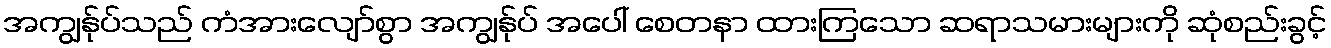
အကျွန်ုပ်သည် ကံအားလျော်စွာ အကျွန်ုပ် အပေါ် စေတနာ ထားကြသော ဆရာသမားများကို ဆုံစည်းခွင့်